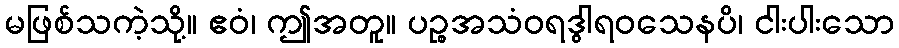
မဖြစ်သကဲ့သို့။ ဧဝံ၊ ဤအတူ။ ပဉ္စအသံဝရဒွါရဝသေနပိ၊ ငါးပါးသော